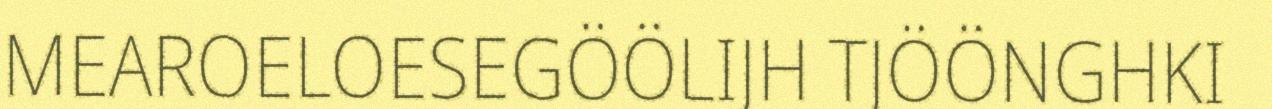
MEAROELOESEGÖÖLIJH TJÖÖNGHKI